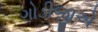
ગોડીજીએ